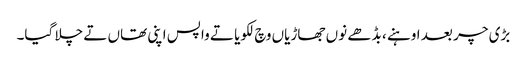
بڑی چر بعد اوہنے ، بڈھے نوں جھاڑیاں وچ لکویا تے واپس اپنی تھاں تے چلا گیا۔